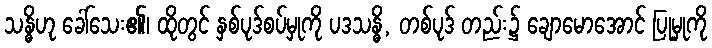
သန္ဓိဟု ခေါ်သေး၏၊ ထိုတွင် နှစ်ပုဒ်စပ်မှုကို ပဒသန္ဓိ, တစ်ပုဒ် တည်း၌ ချောမောအောင် ပြုမှုကို